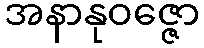
အနာနုဝဇ္ဇော